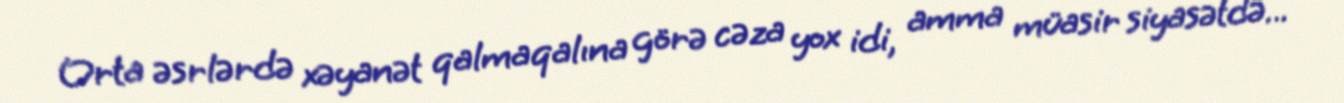
Orta əsrlərdə xəyanət qalmaqalına görə cəza yox idi, amma müasir siyasətdə...